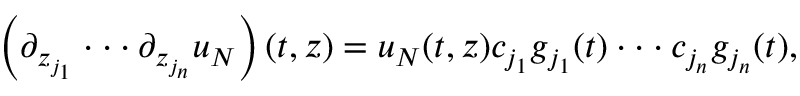
\begin{array} { r } { \left( \partial _ { z _ { j _ { 1 } } } \cdot \cdot \cdot \partial _ { z _ { j _ { n } } } u _ { N } \right) ( t , z ) = u _ { N } ( t , z ) c _ { j _ { 1 } } g _ { j _ { 1 } } ( t ) \cdot \cdot \cdot c _ { j _ { n } } g _ { j _ { n } } ( t ) , } \end{array}